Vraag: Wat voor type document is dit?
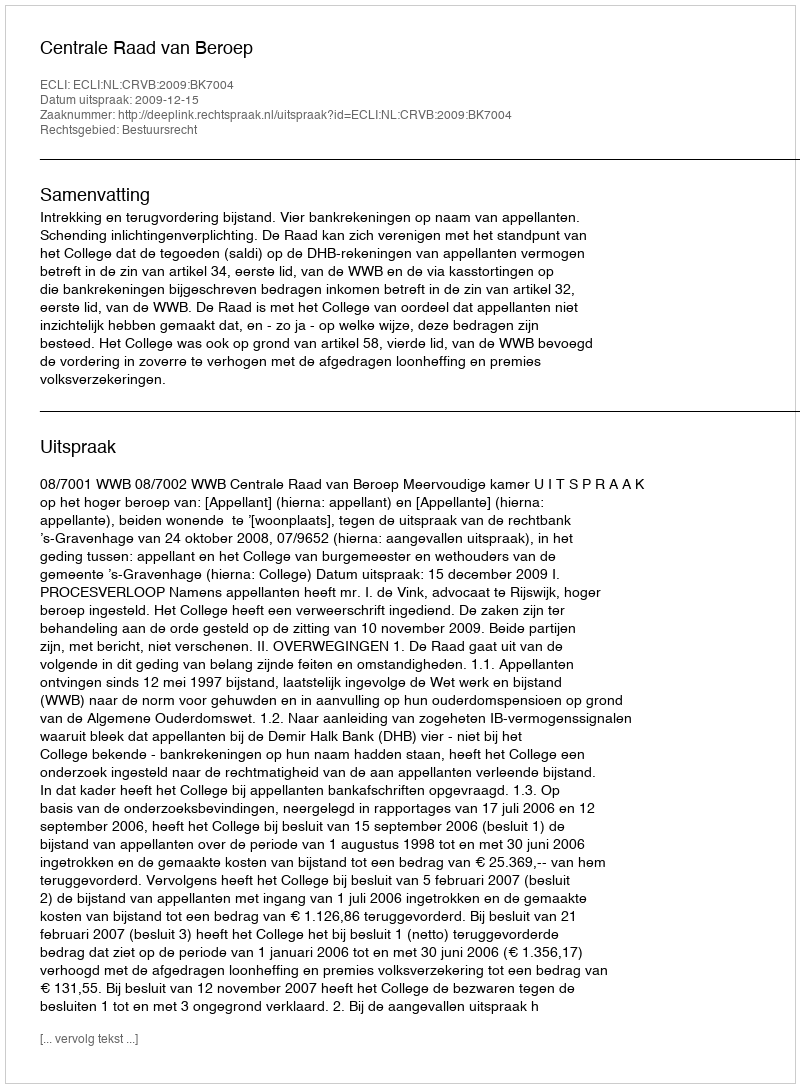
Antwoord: Uitspraak